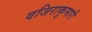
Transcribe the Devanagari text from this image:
वजिराकुमारी